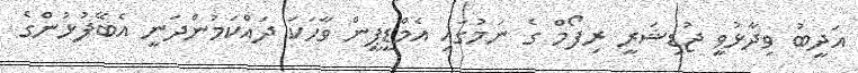
އަދީބު ވިދާޅުވީ ޖުޑިޝަރީ ރިފޯމް ގެ ނަމުގައި އެމްޑީޕީން ވާހަކަ ދައްކަމުންދަނީ އެބޭފުޅުންގެ